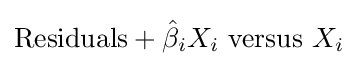
{\text{Residuals}}+{\hat {\beta }}_{i}X_{i}{\text{ versus }}X_{i}